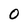
Character: O